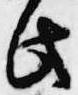
此